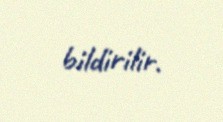
bildirilir.